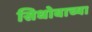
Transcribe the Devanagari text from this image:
सिधोबाच्या